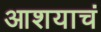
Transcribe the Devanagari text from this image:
आशयाचं